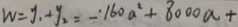
W = y _ { 1 } + y _ { 2 } = - 1 6 0 a ^ { 2 } + 8 0 0 0 a +